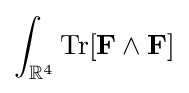
\int _{\mathbb {R} ^{4}}\operatorname {Tr} [\mathbf {F} \wedge \mathbf {F} ]